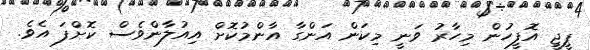
ޕީޖީ އޮފީހުން މިހާރު ވަނީ މިކަން އަންގާ އާންމުކޮށް އިއުލާންވެސް ކޮށްފަ އެވެ.